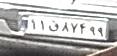
۱۱ق۸۷۴۹۹